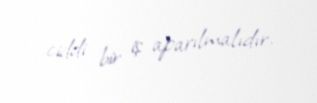
ciddi bir iş aparılmalıdır.